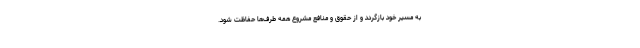
به مسیر خود بازگردد و از حقوق و منافع مشروع همه طرف‌ها حفاظت شود.